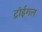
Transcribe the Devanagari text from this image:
ट्रांईगल